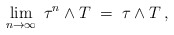
\begin{align*}\lim_{n\to\infty}\; \tau^{n}\wedge T\;=\;\tau\wedge T \,,\end{align*}